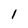
Character: i